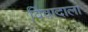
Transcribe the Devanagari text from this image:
विवादाला